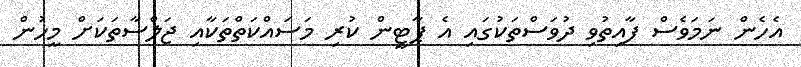
އެހެން ނަމަވެސް ފާއިތުވި ދުވަސްތަކުގައި އެ ޕާޓީން ކުރި މަސައްކަތްތަކާއި ޖަލްސާތަކަށް މީހުން